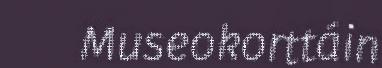
Museokorttáin